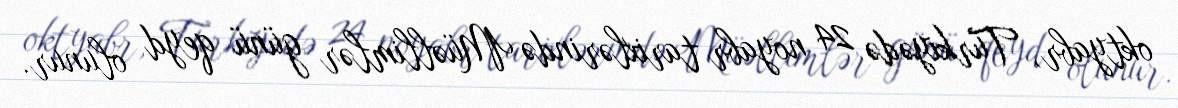
oktyabr, Türkiyədə 24 noyabr tarixlərində Müəllimlər günü qeyd olunur.